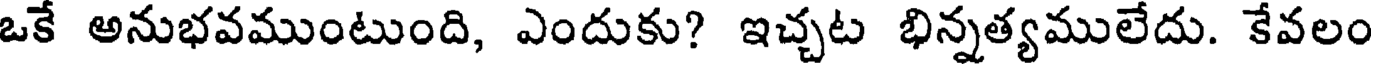
ఒకే అనుభవముంటుంది, ఎందుకు? ఇచ్చట భిన్నత్యములేదు. కేవలం